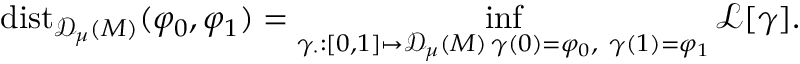
\mathrm { d i s t } _ { { \mathscr { D } _ { \mu } ( M ) } } ( \varphi _ { 0 } , \varphi _ { 1 } ) = \operatorname* { i n f } _ { \substack { \gamma _ { \cdot } : [ 0 , 1 ] \mapsto { \mathscr { D } _ { \mu } ( M ) } \, \gamma ( 0 ) = \varphi _ { 0 } , \ \gamma ( 1 ) = \varphi _ { 1 } } } \mathscr { L } [ \gamma ] .